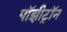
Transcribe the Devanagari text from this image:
पॉझीट्रॉन